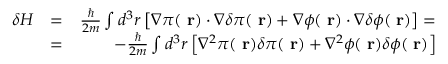
\begin{array} { r l r } { \delta H } & { = } & { \frac { \hbar } { 2 m } \int d ^ { 3 } r \left[ \nabla \pi ( \mathrm { \bf ~ r } ) \cdot \nabla \delta \pi ( \mathrm { \bf ~ r } ) + \nabla \phi ( \mathrm { \bf ~ r } ) \cdot \nabla \delta \phi ( \mathrm { \bf ~ r } ) \right] = } \\ & { = } & { - \frac { \hbar } { 2 m } \int d ^ { 3 } r \left[ \nabla ^ { 2 } \pi ( \mathrm { \bf ~ r } ) \delta \pi ( \mathrm { \bf ~ r } ) + \nabla ^ { 2 } \phi ( \mathrm { \bf ~ r } ) \delta \phi ( \mathrm { \bf ~ r } ) \right] } \end{array}